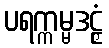
ပရက္ကမ္မဒဠှံ